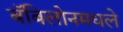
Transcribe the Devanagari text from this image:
बॅबिलोनमधले